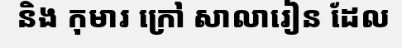
និង កុមារ ក្រៅ សាលារៀន ដែល